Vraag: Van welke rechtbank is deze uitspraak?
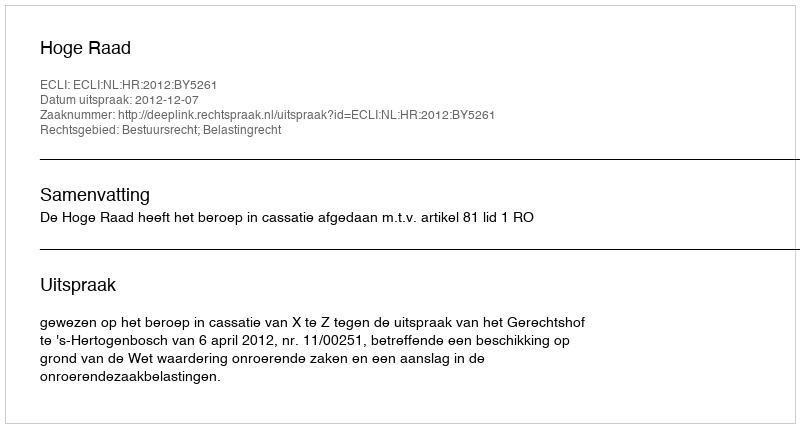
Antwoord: Hoge Raad